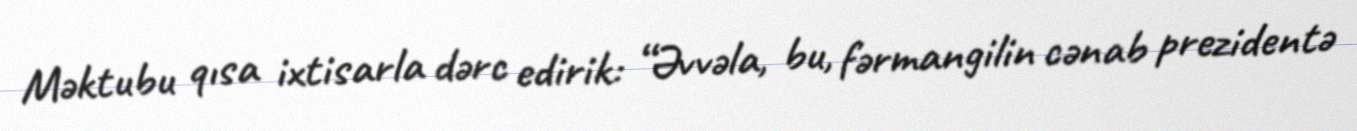
Məktubu qısa ixtisarla dərc edirik: “Əvvəla, bu, fərmangilin cənab prezidentə